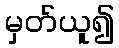
မှတ်ယူ၍